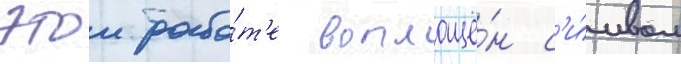
этои рабо́т'е воплощё́н с'и́мвол